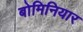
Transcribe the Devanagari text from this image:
बोमिनियार